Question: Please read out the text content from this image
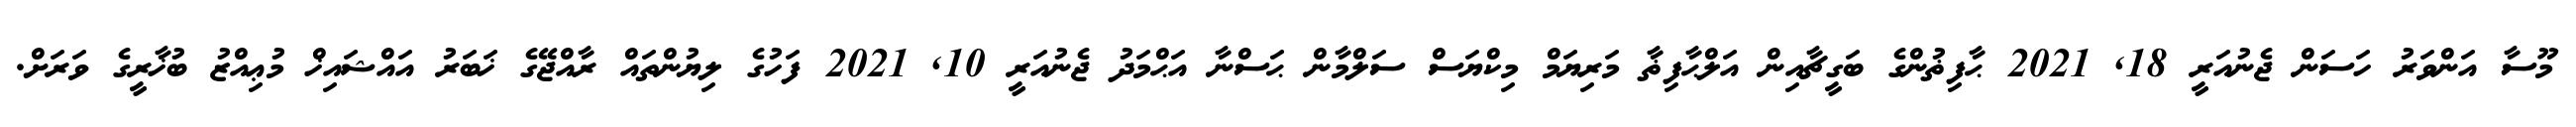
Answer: މޫސާ އަންވަރު ހަސަން ޖެނުއަރީ 18, 2021 ޙާފިޡުންގެ ބަގީޗާއިން އަލްޙާފިޡާ މަރިޔަމް މިކްޔަސް ސަލްމާން ޙަސްނާ އަޙްމަދު ޖެނުއަރީ 10, 2021 ފަހުގެ ލިޔުންތައް ރާއްޖޭގެ ޚަބަރު އައްޝައިޚް މުޢިއްޒު ބުޚާރީގެ ވަރަށް.